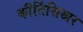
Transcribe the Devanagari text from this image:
कीर्तिशिखर